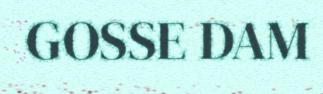
GOSSE DAM